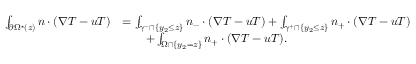
\begin{array} { r l } { \int _ { \partial \Omega ^ { \star } ( z ) } n \cdot ( \nabla T - u T ) } & { = \int _ { \gamma ^ { - } \cap \{ y _ { 2 } \leq z \} } n _ { - } \cdot ( \nabla T - u T ) + \int _ { \gamma ^ { + } \cap \{ y _ { 2 } \leq z \} } n _ { + } \cdot ( \nabla T - u T ) } \\ & { \qquad + \int _ { \Omega \cap \{ y _ { 2 } = z \} } n _ { + } \cdot ( \nabla T - u T ) . } \end{array}